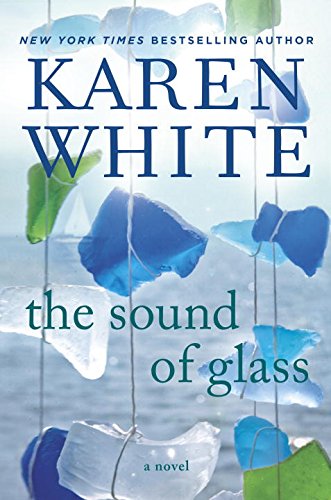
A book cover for The Sound of Glass; Karen White; Literature & Fiction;